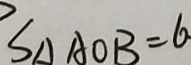
S _ { \Delta A O B } = 6 \cdot